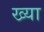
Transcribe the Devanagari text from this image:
ख्या